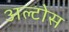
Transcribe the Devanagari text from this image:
अल्टोस